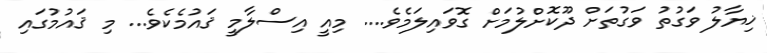
ޚިޔާލު ވަގުތު ވަގުތަށް ދޫކޮށްލުމަށް ގޮވައިލަމެވެ.... މިއީ އިސްލާމީ ޤައުމެކެވެ... މި ޤައުމުގައި